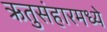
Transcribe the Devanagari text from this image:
ऋतुसंहारमध्ये